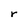
Character: r